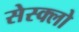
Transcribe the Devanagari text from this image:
सेस्क्लो